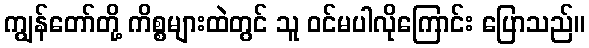
ကျွန်တော်တို့ ကိစ္စများထဲတွင် သူ ဝင်မပါလိုကြောင်း ပြောသည်။